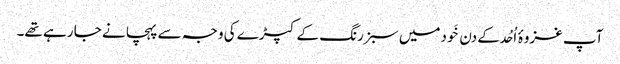
آپ غزوۂ اُحُد کے دن خَودمیں سبز رنگ کے کپڑے کی وجہ سے پہچانے جا رہے تھے۔